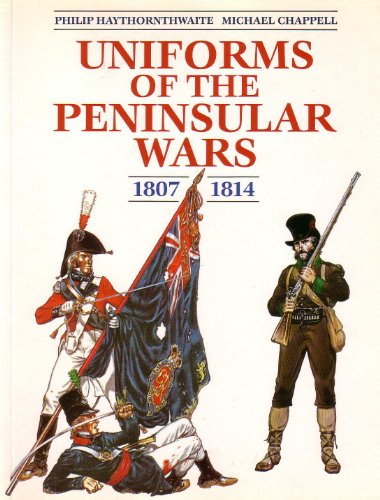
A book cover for Uniforms of the Peninsular War in Colour 1807-1814; Philip J. Haythornthwaite; History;